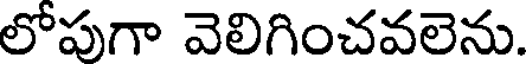
లోపుగా వెలిగించవలెను.